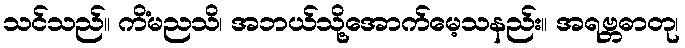
သင်သည်။ ကိံမညသိ၊ အဘယ်သို့အောက်မေ့သနည်း။ အရဗ္ဘဓာတု၊